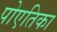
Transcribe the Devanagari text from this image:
पोएतिका